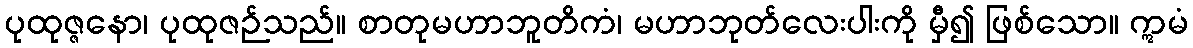
ပုထုဇ္ဇနော၊ ပုထုဇဉ်သည်။ စာတုမဟာဘူတိကံ၊ မဟာဘုတ်လေးပါးကို မှီ၍ ဖြစ်သော။ ဣမံ